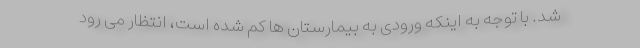
شد. با توجه به اینکه ورودی به بیمارستان ها کم شده است، انتظار می رود